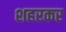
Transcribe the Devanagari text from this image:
शहरकर